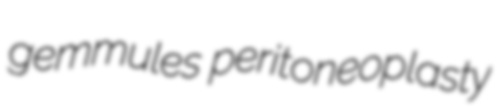
gemmules peritoneoplasty